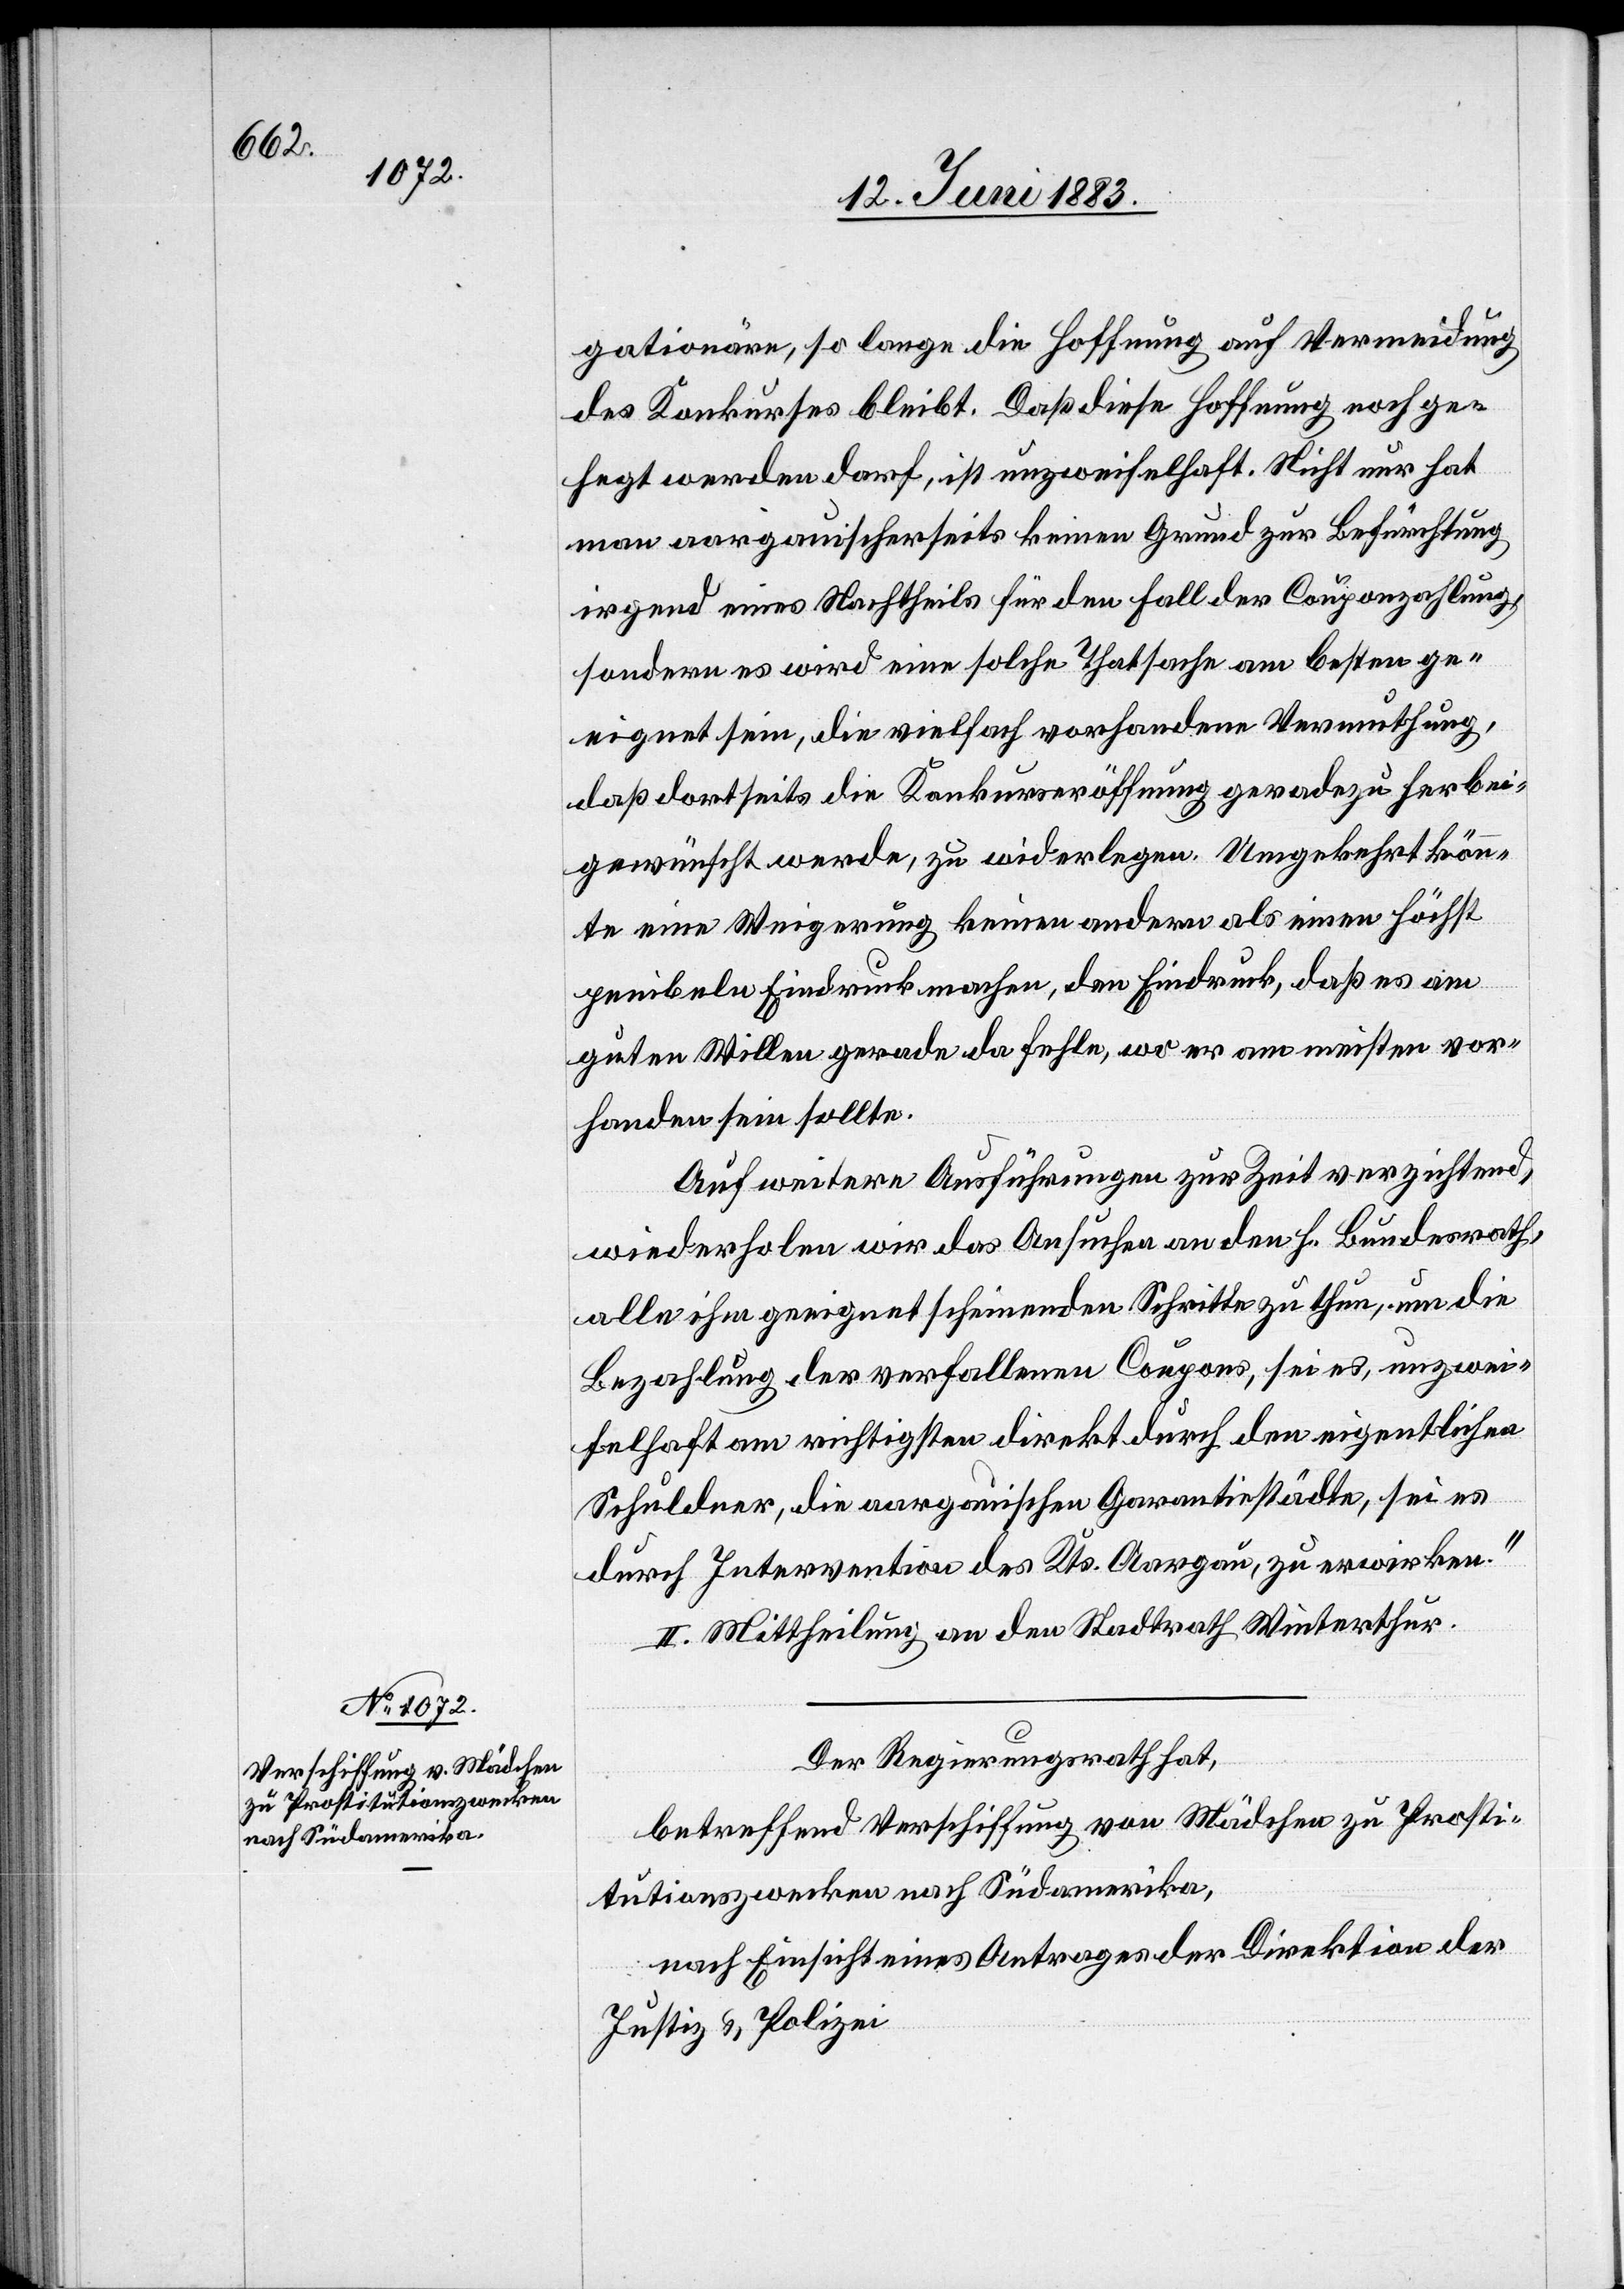
gationäre, so lange die Hoffnung auf Vermeidung
des Konkurses bleibt. Daß diese Hoffnung noch ge¬
hegt werden darf, ist unzweifelhaft. Nicht nur hat
man aargauischerseits keinen Grund zur Befürchtung
irgend eines Nachtheils für den Fall der Couponzahlung,
sondern es wird eine solche Thatsache am besten ge¬
eignet sein, die vielfach vorhandene Vermuthung,
daß dortseits die Konkurseröffnung geradezu herbei¬
gewünscht werde, zu widerlegen. Umgekehrt könn¬
te eine Weigerung keinen andern als einen höchst
peniblen Eindruck machen, den Eindruck, daß es am
guten Willen gerade da fehle, wo er am meisten vor¬
handen sein sollte.
Auf weitere Ausführungen zur Zeit verzichtend,
wiederholen wir das Ansuchen an den h. Bundesrath,
alle ihm geeignet scheinenden Schritte zu thun, um die
Bezahlung der verfallenen Coupons, sei es, unzwei¬
felhaft am richtigsten direkt durch den eigentlichen
Schuldner, die aargauischen Garantiestädte, sei es
durch Intervention des Kts. Aargau, zu erwirken.“
II. Mittheilung an den Stadtrath Winterthur.
Der Regierungsrath hat,
betreffend Verschiffung von Mädchen zu Prosti¬
tutionszwecken nach Südamerika,
nach Einsicht eines Antrages der Direktion der
Justiz & Polizei